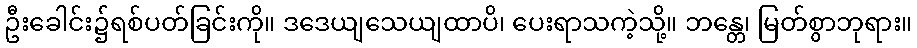
ဦးခေါင်း၌ရစ်ပတ်ခြင်းကို။ ဒဒေယျသေယျထာပိ၊ ပေးရာသကဲ့သို့။ ဘန္တေ၊ မြတ်စွာဘုရား။